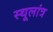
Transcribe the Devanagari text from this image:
स्‍थूलांत्र